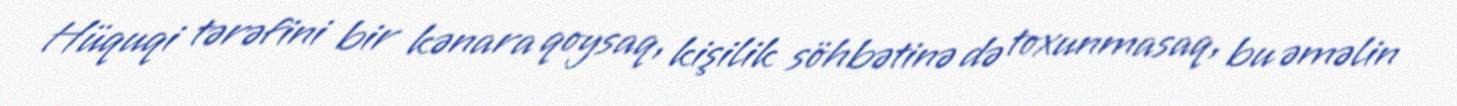
Hüquqi tərəfini bir kənara qoysaq, kişilik söhbətinə də toxunmasaq, bu əməlin